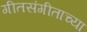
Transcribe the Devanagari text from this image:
गीतसंगीताच्या